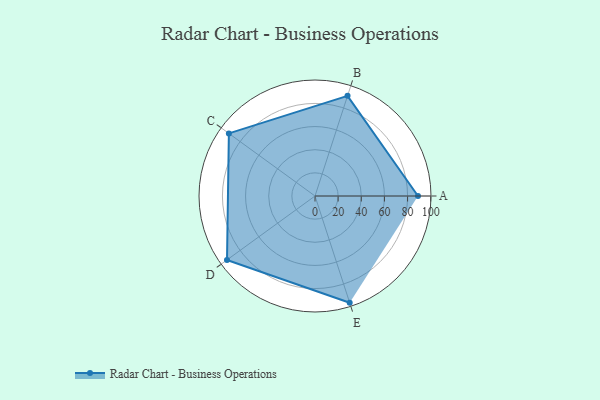
{"axis": {"x": "Skill", "y": "Score"}, "legend": ["Profile"], "data": [{"x": "A", "y": 89.0, "type": "Profile"}, {"x": "B", "y": 91.0, "type": "Profile"}, {"x": "C", "y": 92.0, "type": "Profile"}, {"x": "D", "y": 94.0, "type": "Profile"}, {"x": "E", "y": 97.0, "type": "Profile"}]}